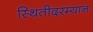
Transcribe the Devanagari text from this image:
स्थितीदरम्यान